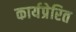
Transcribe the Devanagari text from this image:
कार्यप्रेरित